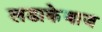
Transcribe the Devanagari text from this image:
लडाकेबाज